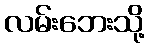
လမ်းဘေးသို့